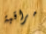
مراقبة